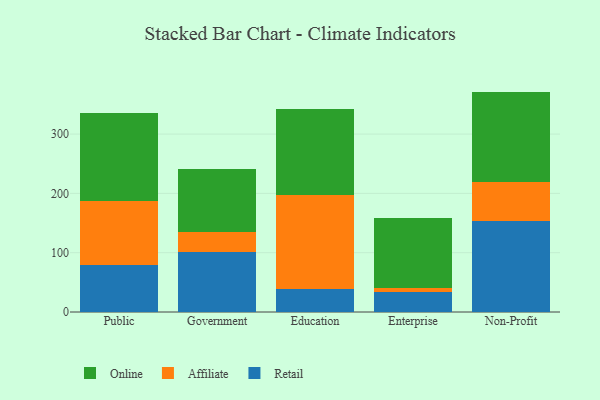
{"axis": {"x": "Segment", "y": "Satisfaction Score"}, "legend": ["Affiliate", "Online", "Retail"], "data": [{"x": "Public", "y": 78.7, "type": "Retail"}, {"x": "Public", "y": 108.0, "type": "Affiliate"}, {"x": "Public", "y": 148.1, "type": "Online"}, {"x": "Government", "y": 100.9, "type": "Retail"}, {"x": "Government", "y": 34.1, "type": "Affiliate"}, {"x": "Government", "y": 105.9, "type": "Online"}, {"x": "Education", "y": 38.0, "type": "Retail"}, {"x": "Education", "y": 159.7, "type": "Affiliate"}, {"x": "Education", "y": 145.1, "type": "Online"}, {"x": "Enterprise", "y": 34.0, "type": "Retail"}, {"x": "Enterprise", "y": 6.8, "type": "Affiliate"}, {"x": "Enterprise", "y": 118.4, "type": "Online"}, {"x": "Non-Profit", "y": 153.8, "type": "Retail"}, {"x": "Non-Profit", "y": 66.0, "type": "Affiliate"}, {"x": "Non-Profit", "y": 151.8, "type": "Online"}]}